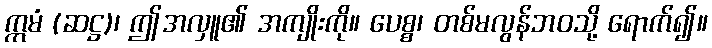
ဣမံ (ဆဋ္ဌ)၊ ဤအလှူ၏ အကျိုးကို။ ပေစ္စ၊ တစ်မလွန်ဘဝသို့ ရောက်၍။